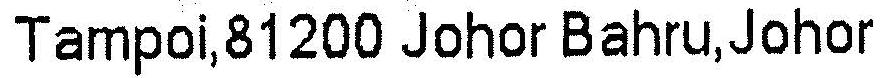
TAMPOI,81200 JOHOR BAHRU,JOHOR